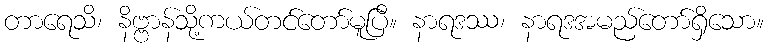
တာရေသိ၊ နိဗ္ဗာန်သို့ကယ်တင်တော်မူပြီ။ နာရဒဿ၊ နာရဒအမည်တော်ရှိသော။